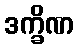
ဒက္ခိဏ